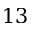
1 3